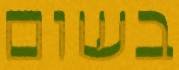
בשום